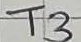
Text: T3